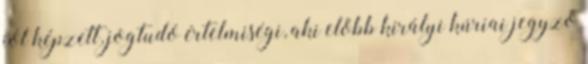
jól képzett, jogtudó értelmiségi, aki előbb királyi kúriai jegyző